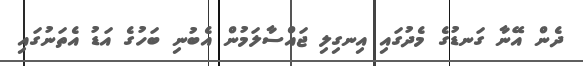
ދެން އޭނާ ގަނޑުގެ މެދުގައި އިނގިލި ޖައްސާލަމުން އެބުނި ބަހުގެ އަޑު އެތަނުގައި